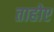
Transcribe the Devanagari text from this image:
ताहोए